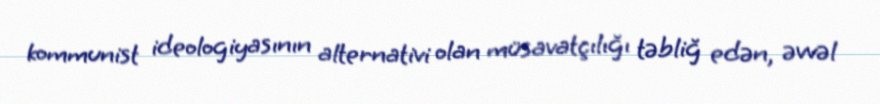
kommunist ideologiyasının alternativi olan müsavatçılığı təbliğ edən, əvvəl